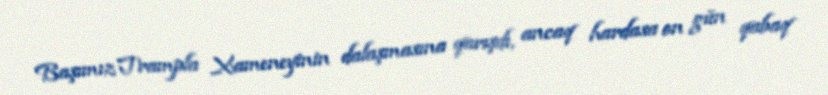
Başımız Trampla Xameneyinin dalaşmasına qarışdı, ancaq hardasa on gün qabaq